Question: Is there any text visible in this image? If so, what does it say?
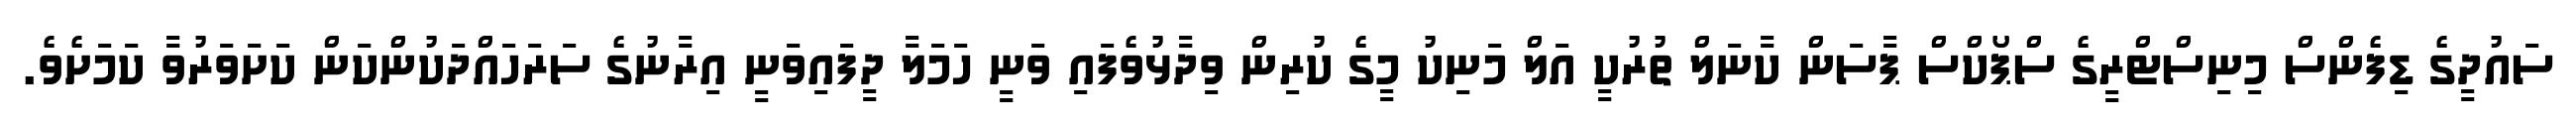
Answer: ސައުދީގެ ޑިފެންސް މިނިސްޓްރީގެ ސްޕޯކްސް ޕާސަން ކާނަލް ތުރުކީ އަލް މަނިކު މީގެ ކުރިން ވިދާޅުވެފައި ވަނީ ހަމަލާ ދީފައިވަނީ އިރާނުގެ ސަރަހައްދަކުންކަން ކަށަވަރުވާ ކަމަށެވެ.